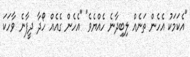
"އެކަމަކު އެހެން ތަނެއް ލިބިދާނެ ހެއްޔެވެ" "އެހެން ގެއެއް ހޯދާ ދީފާނެ ވާހަކަ